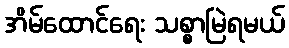
အိမ်ထောင်ရေး သစ္စာမြဲရမယ်